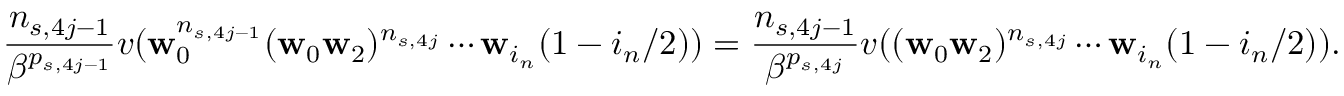
\frac { n _ { s , 4 j - 1 } } { \beta ^ { p _ { s , 4 j - 1 } } } v ( \mathbf w _ { 0 } ^ { n _ { s , 4 j - 1 } } ( \mathbf w _ { 0 } \mathbf w _ { 2 } ) ^ { n _ { s , 4 j } } \cdots \mathbf w _ { i _ { n } } ( 1 - i _ { n } / 2 ) ) = \frac { n _ { s , 4 j - 1 } } { \beta ^ { p _ { s , 4 j } } } v ( ( \mathbf w _ { 0 } \mathbf w _ { 2 } ) ^ { n _ { s , 4 j } } \cdots \mathbf w _ { i _ { n } } ( 1 - i _ { n } / 2 ) ) .